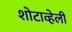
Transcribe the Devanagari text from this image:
शोटाव्हेली